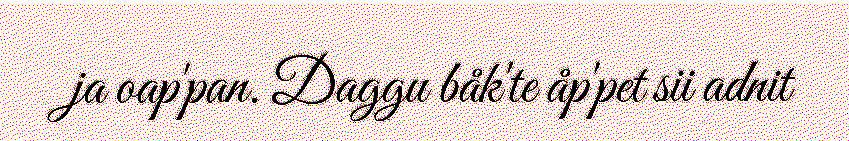
ja oap'pan. Daggu båk'te åp'pet sii adnit